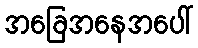
အခြေအနေအပေါ်